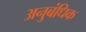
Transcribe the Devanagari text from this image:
अनुबंधिक